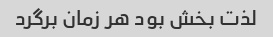
لذت بخش بود هر زمان برگرد